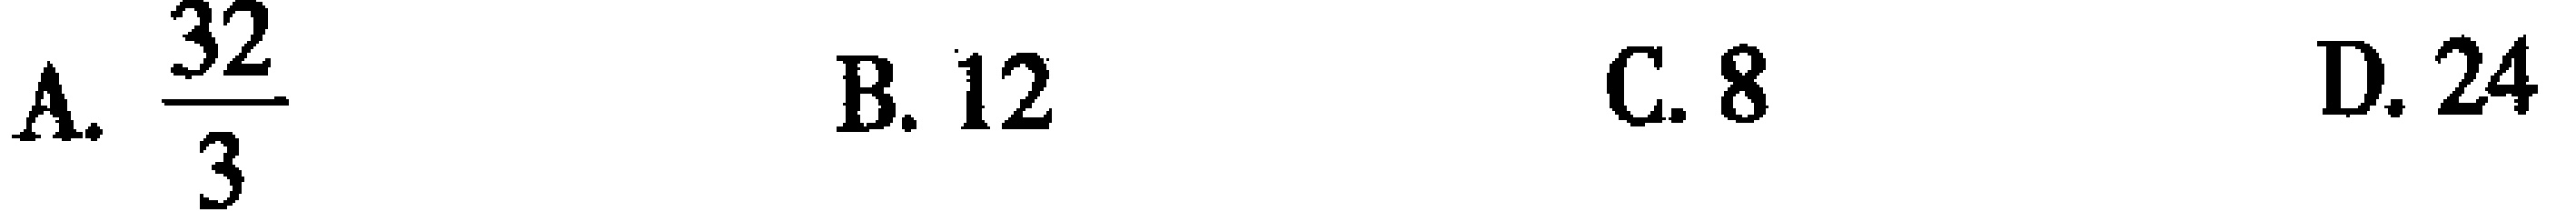
A. $\frac{32}{3}$  B. $12$  C. $8$  D. $24$